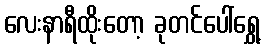
လေးနာရီထိုးတော့ ခုတင်ပေါ်ရွှေ့